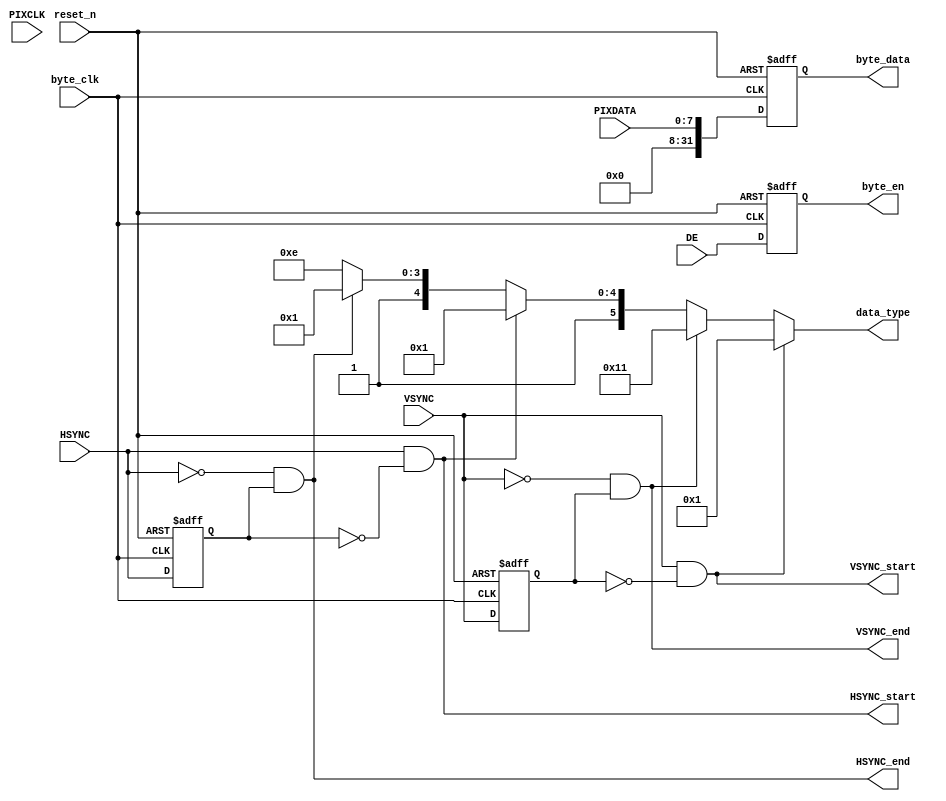
/******************************************************************************
Copyright 2017 Gnarly Grey LLC

Permission is hereby granted, free of charge, to any person obtaining a copy
of this software and associated documentation files (the "Software"), to deal
in the Software without restriction, including without limitation the rights
to use, copy, modify, merge, publish, distribute, sublicense, and/or sell
copies of the Software, and to permit persons to whom the Software is
furnished to do so, subject to the following conditions:

The above copyright notice and this permission notice shall be included in all
copies or substantial portions of the Software.

THE SOFTWARE IS PROVIDED "AS IS", WITHOUT WARRANTY OF ANY KIND, EXPRESS OR
IMPLIED, INCLUDING BUT NOT LIMITED TO THE WARRANTIES OF MERCHANTABILITY,
FITNESS FOR A PARTICULAR PURPOSE AND NONINFRINGEMENT. IN NO EVENT SHALL THE
AUTHORS OR COPYRIGHT HOLDERS BE LIABLE FOR ANY CLAIM, DAMAGES OR OTHER
LIABILITY, WHETHER IN AN ACTION OF CONTRACT, TORT OR OTHERWISE, ARISING FROM,
OUT OF OR IN CONNECTION WITH THE SOFTWARE OR THE USE OR OTHER DEALINGS IN THE
SOFTWARE.
******************************************************************************/

module parallel2byte #(
     parameter              word_width = 24        ,
     parameter              lane_width = 2         ,
     parameter              dt         = 6'h3E     
)(
     input                  reset_n                ,
     input                  PIXCLK                 ,
     input                  DE                     ,
     input [8-1:0] PIXDATA                ,           
     
     output                 byte_en                ,
     input                  byte_clk               ,
     output reg [31:0]      byte_data              ,
     
     input                  VSYNC                  ,
     input                  HSYNC                  ,
     output                 VSYNC_start            ,
     output                 VSYNC_end              ,
     output                 HSYNC_start            ,
     output                 HSYNC_end              ,
     output [5:0]           data_type
);
wire [7:0] data2, data1, data0;
reg [2:0] read_cntr, q_read_cntr, q_read_cntr1;
wire read_en;
wire read_0, read_1, read_2;
reg [4:0] q_byte_en;
reg q_VSYNC, q_HSYNC;
reg qq_VSYNC, qq_HSYNC; /// VSYNC/HSYNC cross pixclk byteclk
reg read_en1;

    //pixel2byte_fifo u_fifo_23_16(.Data(PIXDATA[23:16]), .WrClock(PIXCLK), .RdClock(byte_clk), .WrEn(DE), .RdEn(read_0), .Reset(~reset_n), .RPReset(~reset_n), .Q(data0), .Empty(empty0), .Full( ), .AlmostEmpty( ), .AlmostFull( )); //red
    //pixel2byte_fifo u_fifo_15_8 (.Data(PIXDATA[15:8] ), .WrClock(PIXCLK), .RdClock(byte_clk), .WrEn(DE), .RdEn(read_1), .Reset(~reset_n), .RPReset(~reset_n), .Q(data1), .Empty(empty1), .Full( ), .AlmostEmpty( ), .AlmostFull( )); //green
    //pixel2byte_fifo u_fifo_7_0  (.Data(PIXDATA[7:0]  ), .WrClock(PIXCLK), .RdClock(byte_clk), .WrEn(DE), .RdEn(read_2), .Reset(~reset_n), .RPReset(~reset_n), .Q(data2), .Empty(empty2), .Full( ), .AlmostEmpty( ), .AlmostFull( )); //blue
assign read_en    = DE;//~empty2 & ~empty1 & ~empty0;
         
////updated for 1 lane
assign read_0     = (read_cntr==3'b010) ? 1'b1 : 0;
assign read_1     = (read_cntr==3'b011) ? 1'b1 : 0;
assign read_2     = (read_cntr==3'b100) ? 1'b1 : 0;
always @(posedge byte_clk or negedge reset_n)
    if(!reset_n) begin
         read_cntr  <= 0;
		 read_en1 <= 0;
    end
    else begin 
		read_en1 <= read_en;
         read_cntr  <= (read_en & read_cntr==3'b100) ? 3'b010       :
                       (read_en |    read_en1              ) ? read_cntr+1 : 0;
    end
    
always @(posedge byte_clk or negedge reset_n)
    if(!reset_n) begin    
         byte_data    <= 0;
         q_read_cntr  <= 0;
         q_read_cntr1 <= 0;
    end
    else begin
         byte_data <= PIXDATA[7:0];//(q_read_cntr==2) ? {8'hF0} ://data0} :
                      //(q_read_cntr==3) ? {8'h00} ://data1} :
                      //(q_read_cntr==4) ? {8'h00} ://data2} 
                      //0;
         q_read_cntr  <= read_cntr;
         q_read_cntr1 <= q_read_cntr;
    end
    
always @(posedge byte_clk or negedge reset_n)
    if(!reset_n)
        q_byte_en <= 0;
    else
        q_byte_en <= DE;//{q_byte_en[3:0], read_en};

assign byte_en = q_byte_en[0];//q_byte_en[3];
//Data type and short packet type controller  --> create an independent module for this later 
   
    always @(posedge byte_clk or negedge reset_n)
         if(!reset_n) begin
            q_VSYNC <= 0;
            q_HSYNC <= 0;  
            qq_VSYNC <= 0;
            qq_HSYNC <= 0;  
         end
         else begin
            q_VSYNC <= VSYNC;
            q_HSYNC <= HSYNC; 
            qq_VSYNC <= q_VSYNC;
            qq_HSYNC <= q_HSYNC; 
         end
    assign VSYNC_start =  VSYNC & ~q_VSYNC;  
    assign HSYNC_start =  HSYNC & ~q_HSYNC;
    assign VSYNC_end   = ~VSYNC &  q_VSYNC;
    assign HSYNC_end   = ~HSYNC &  q_HSYNC;
/*
    assign VSYNC_start =  q_VSYNC & ~qq_VSYNC;  
    assign HSYNC_start =  q_HSYNC & ~qq_HSYNC;
    assign VSYNC_end   = ~q_VSYNC &  qq_VSYNC;
    assign HSYNC_end   = ~q_HSYNC &  qq_HSYNC;
*/    
    assign data_type =  VSYNC_start ? 6'h01 :
                        VSYNC_end   ? 6'h11 :
                        HSYNC_start ? 6'h21 :
                        HSYNC_end   ? 6'h31 :   
                       dt;  
////////////////////////////////////////////////////  

endmodule